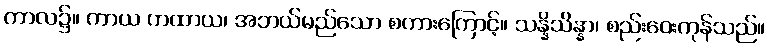
ကာလ၌။ ကာယ ကထာယ၊ အဘယ်မည်သော စကားကြောင့်။ သန္နိသိန္နာ၊ စည်းဝေးကုန်သည်။